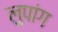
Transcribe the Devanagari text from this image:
लुपांग